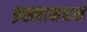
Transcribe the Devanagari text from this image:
इस्लामधर्म